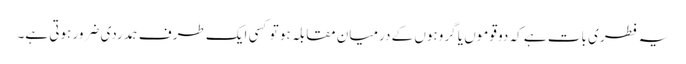
یہ فطری بات ہے کہ دو قوموں یا گروہوں کے درمیان مقابلہ ہو تو کسی ایک طرف ہمدردی ضرور ہوتی ہے۔